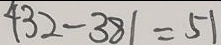
4 3 2 - 3 8 1 = 5 1